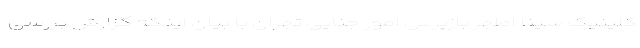
کلینیک سینا اطهر بازپرس امور جنایی تهران با بیان اینکه گزارش بررسی